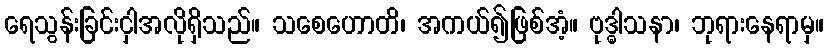
ရေသွန်းခြင်းငှါအလိုရှိသည်။ သစေဟောတိ၊ အကယ်၍ဖြစ်အံ့။ ဗုဒ္ဓါသနာ၊ ဘုရားနေရာမှ။